Civil Veterinary Dept. Bombay admin report 1932-41 - 1932-1941
Year: 1932
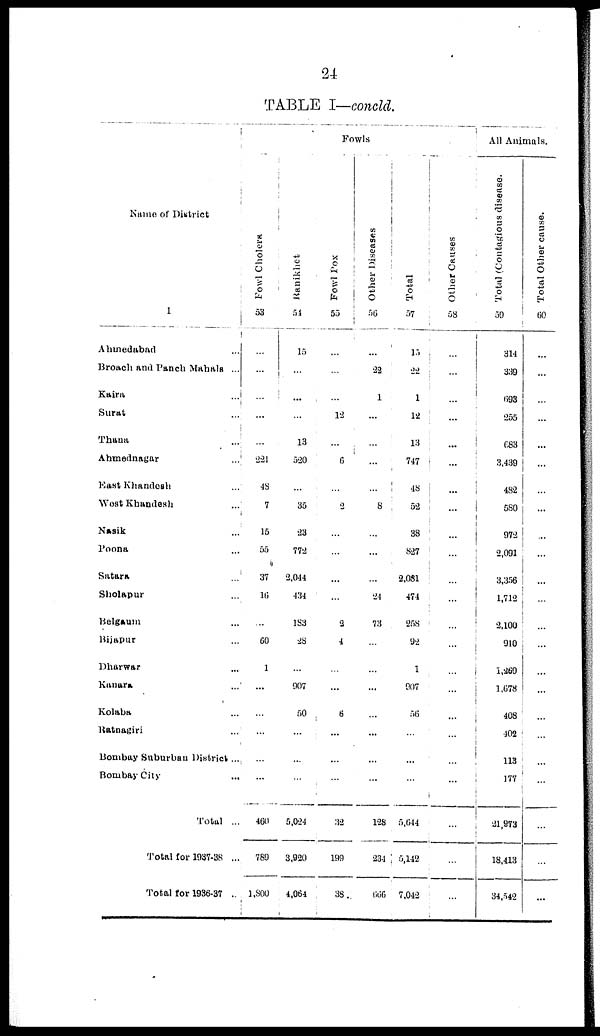
24
TABLE I—concld.
Name of District
1
Ahmedabad ...
Broach and Panch Mahals ...
Kaira ...
Surat ...
Thana ...
Ahmednagar ...
East Khandesh ...
West Khandesh ...
Nasik ...
Poona ...
Satara ...
Sholapur ...
Belgaum ...
Bijapur ...
Dharwar ...
Kanara ...
Kolaba ...
Ratnagiri ...
Bombay Suburban District ...
Bombay City ...
Total ...
Total for 1937-38 ...
Total for 1936-37 ...
Fowls
Fowl Cholera
53
...
...
...
...
...
221
48
7
15
55
37
16
...
60
1
...
...
...
...
...
460
789
1,800
Ranikhet
54
15
...
...
...
13
520
...
35
23
772
2,044
434
183
28
...
907
50
...
...
...
5,024
3,920
4,064
Fowl Pox
55
...
...
...
12
...
6
...
2
...
...
...
...
2
4
...
...
6
...
...
...
32
199
38
Other Diseases
56
...
22
1
...
...
...
...
8
...
...
...
24
73
...
...
...
...
...
...
...
128
234
666
Total
57
15
22
1
12
13
747
48
52
38
827
2,081
474
258
92
1
907
56
...
...
...
5,644
5,142
7,042
Other Causes
58
...
...
...
...
...
...
...
...
...
...
...
...
...
...
...
...
...
...
...
...
...
...
...
All Animals.
Total Contagious disease.
59
314
339
693
255
683
3,439
482
580
972
2,091
3,356
1,712
2,100
910
1,269
1,678
408
402
113
177
21,973
18,413
34,542
Total Other cause.
60
...
...
...
...
...
...
...
...
...
...
...
...
...
...
...
...
...
...
...
...
...
...
...